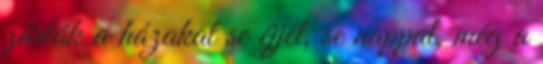
zárták a házakat se éjjel, se nappal, még a